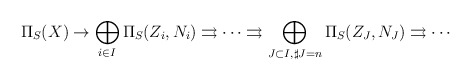
\begin{align*}\Pi_S(X) \rightarrow \bigoplus_{i \in I} \Pi_S(Z_i,N_i)\rightrightarrows \cdots \rightrightarrows \bigoplus_{J \subset I, \sharp J=n} \Pi_S(Z_J,N_J) \rightrightarrows \cdots\end{align*}